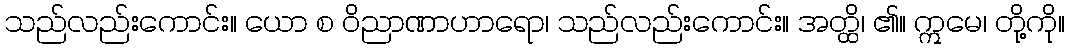
သည်လည်းကောင်း။ ယော စ ဝိညာဏာဟာရော၊ သည်လည်းကောင်း။ အတ္ထိ၊ ၏။ ဣမေ၊ တို့ကို။